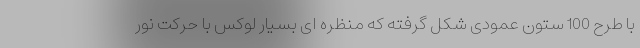
با طرح 100 ستون عمودی شکل گرفته که منظره ای بسیار لوکس با حرکت نور